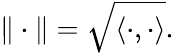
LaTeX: \| \cdot\| =\sqrt{\langle\cdot,\cdot\rangle}.